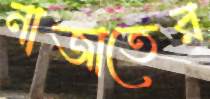
নাজাতের